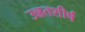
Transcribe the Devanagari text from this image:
उन्नतशीर्ष